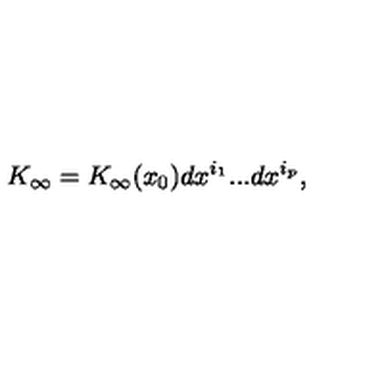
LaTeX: K _ { \infty } = K _ { \infty } ( x _ { 0 } ) d x ^ { i _ { 1 } } . . . d x ^ { i _ { p } } ,